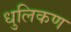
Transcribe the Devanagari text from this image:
धुलिकण